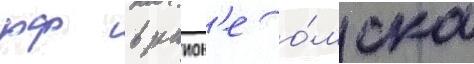
рф в раион'е о́мска